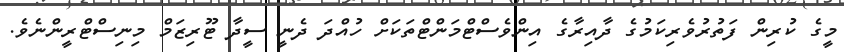
މީގެ ކުރިން ފަތުރުވެރިކަމުގެ ދާއިރާގެ އިންވެސްޓްމަންޓްތަކަށް ހުއްދަ ދެނީ ސީދާ ޓޫރިޒަމް މިނިސްޓްރީންނެވެ.